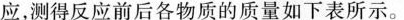
应，测得反应前后各物质的质量如下表所示。